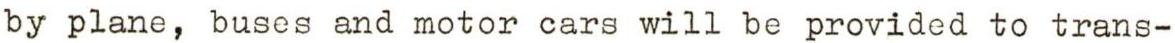
by plane, buses and motor cars will be provided to trans-